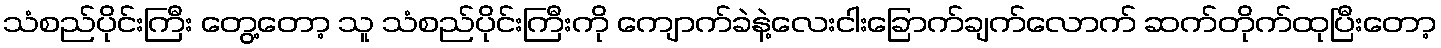
သံစည်ပိုင်းကြီး တွေ့တော့ သူ သံစည်ပိုင်းကြီးကို ကျောက်ခဲနဲ့လေးငါးခြောက်ချက်လောက် ဆက်တိုက်ထုပြီးတော့